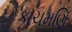
કાચમણિ